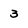
Character: 3